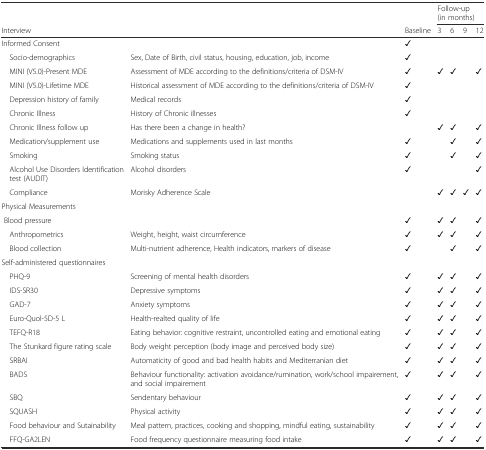
|  |  |  | <COLSPAN=4> Follow-up (in months) |
 | <COLSPAN=2> Interview | Baseline | 3 | 6 | 9 | 12 |
 | --- | --- | --- | --- | --- | --- | --- |
 | Informed Consent |  | ✓ |  |  |  |  |
 | Socio-demographics | Sex, Date of Birth, civil status, housing, education, job, income | ✓ |  |  |  |  |
 | MINI (V5.0)-Present MDE | Assessment of MDE according to the definitions/criteria of DSM-IV | ✓ | ✓ | ✓ |  | ✓ |
 | MINI (V5.0)-Lifetime MDE | Historical assessment of MDE according to the definitions/criteria of DSM-IV | ✓ |  |  |  |  |
 | Depression history of family | Medical records | ✓ |  |  |  |  |
 | Chronic Illness | History of Chronic illnesses | ✓ |  |  |  |  |
 | Chronic Illness follow up | Has there been a change in health? |  | ✓ | ✓ |  | ✓ |
 | Medication/supplement use | Medications and supplements used in last months | ✓ |  | ✓ |  | ✓ |
 | Smoking | Smoking status | ✓ |  | ✓ |  | ✓ |
 | Alcohol Use Disorders Identification test (AUDIT) | Alcohol disorders | ✓ |  |  |  | ✓ |
 | Compliance | Morisky Adherence Scale |  | ✓ | ✓ | ✓ | ✓ |
 | Physical Measurements |  |  |  |  |  |  |
 | Blood pressure |  | ✓ | ✓ | ✓ |  | ✓ |
 | Anthropometrics | Weight, height, waist circumference | ✓ | ✓ | ✓ |  | ✓ |
 | Blood collection | Multi-nutrient adherence, Health indicators, markers of disease | ✓ |  | ✓ |  | ✓ |
 | Self-administered questionnaires |  |  |  |  |  |  |
 | PHQ-9 | Screening of mental health disorders | ✓ | ✓ | ✓ |  | ✓ |
 | IDS-SR30 | Depressive symptoms | ✓ | ✓ | ✓ |  | ✓ |
 | GAD-7 | Anxiety symptoms | ✓ | ✓ | ✓ |  | ✓ |
 | Euro-Quol-5D-5 L | Health-realted quality of life | ✓ | ✓ | ✓ |  | ✓ |
 | TEFQ-R18 | Eating behavior: cognitive restraint, uncontrolled eating and emotional eating | ✓ | ✓ | ✓ |  | ✓ |
 | The Stunkard figure rating scale | Body weight perception (body image and perceived body size) | ✓ | ✓ | ✓ |  | ✓ |
 | SRBAI | Automaticity of good and bad health habits and Mediterranian diet | ✓ | ✓ | ✓ |  | ✓ |
 | BADS | Behaviour functionality: activation avoidance/rumination, work/school impairement, and social impairement | ✓ | ✓ | ✓ |  | ✓ |
 | SBQ | Sendentary behaviour | ✓ | ✓ | ✓ |  | ✓ |
 | SQUASH | Physical activity | ✓ | ✓ | ✓ |  | ✓ |
 | Food behaviour and Sutainability | Meal pattern, practices, cooking and shopping, mindful eating, sustainability | ✓ | ✓ | ✓ |  | ✓ |
 | FFQ-GA2LEN | Food frequency questionnaire measuring food intake | ✓ | ✓ | ✓ |  | ✓ |